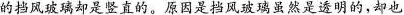
的挡风玻璃却是竖直的。原因是挡风玻璃虽然是透明的，却也